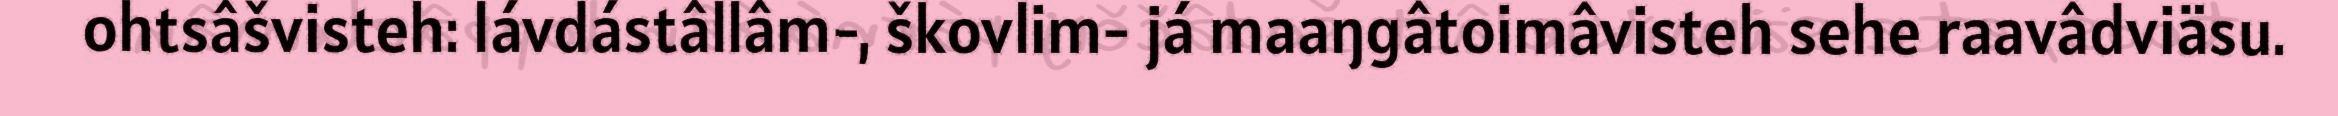
ohtsâšvisteh: lávdástâllâm-, škovlim- já maaŋgâtoimâvisteh sehe raavâdviäsu.